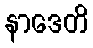
နာဒေတိ